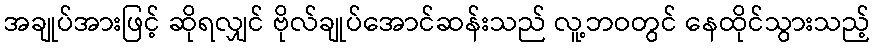
အချုပ်အားဖြင့် ဆိုရလျှင် ဗိုလ်ချုပ်အောင်ဆန်းသည် လူ့ဘဝတွင် နေထိုင်သွားသည့်